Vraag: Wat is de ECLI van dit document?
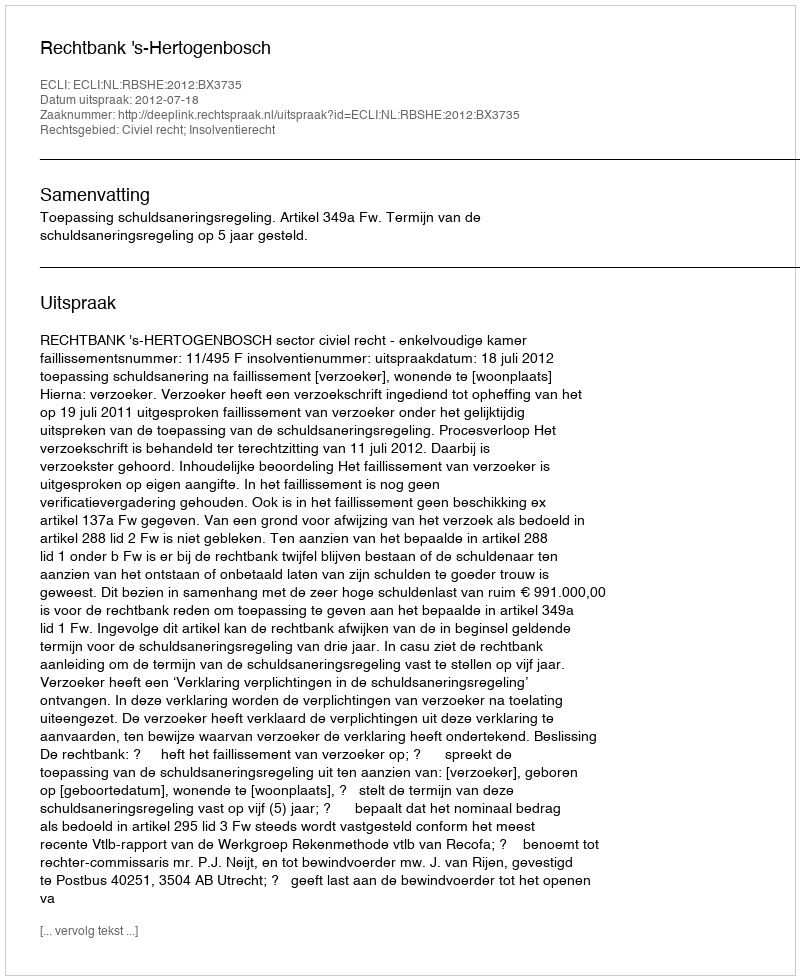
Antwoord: ECLI:NL:RBSHE:2012:BX3735